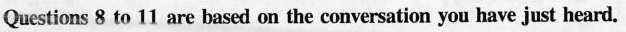
Questions 8 to 11 are based on the conversation you have just heard.